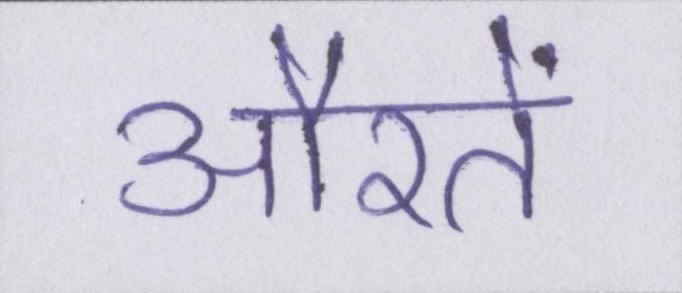
औरतें